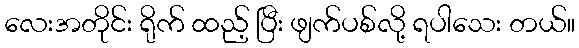
လေးအတိုင်း ရိုက် ထည့် ပြီး ဖျက်ပစ်လို့ ရပါသေး တယ်။